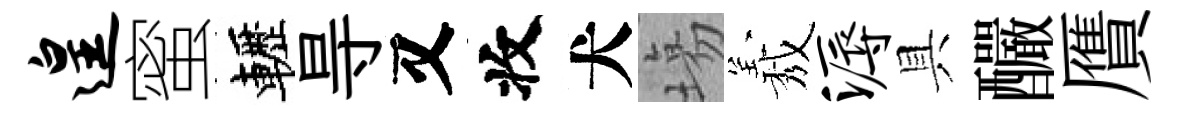
遑蜜轣㝵又收犬塲𦏁溽具釅贋